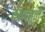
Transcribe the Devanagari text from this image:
स्थन्तर्र्न